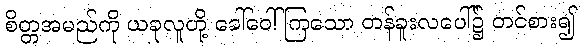
စိတ္တအမည်ကို ယခုလူတို့ ခေါ်ဝေါ်ကြသော တန်ခူးလပေါ်၌ တင်စား၍